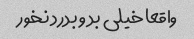
واقعا خیلى بد و بدرد نخور